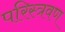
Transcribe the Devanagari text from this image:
परिस्त्रवण